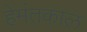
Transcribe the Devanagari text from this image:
हेमंतकाल